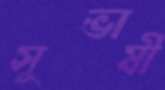
সুভাষী